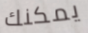
يمكنك